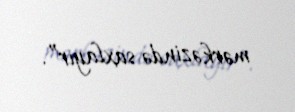
mərkəzində saxlayır”.